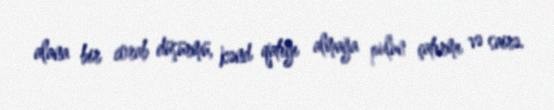
alana bir corab düşürmü, kənd qatığı almağa pulun çatırmı və sairə.